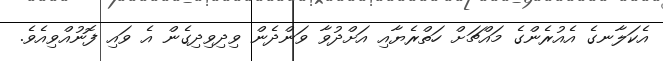
އެކަލާނގެ އެއުރެންގެ މައްޗަށް ހަތްރެޔާއި އަށްދުވާ ވަންދެން ވިދިވިދިގެން އެ ވައި ފޮނުއްވިއެވެ.